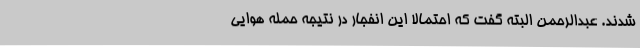
شدند. عبدالرحمن البته گفت که احتمالا این انفجار در نتیجه حمله هوایی